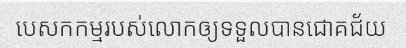
បេសកកម្មរបស់លោកឲ្យទទួលបានជោគជ័យ